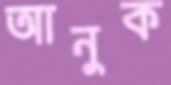
আনুক